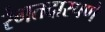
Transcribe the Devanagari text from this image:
रंगतदारपणे